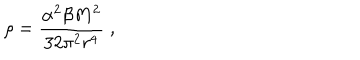
LaTeX: \rho = \frac { \alpha ^ { 2 } \beta M ^ { 2 } } { 3 2 \pi ^ { 2 } r ^ { 4 } } \; ,